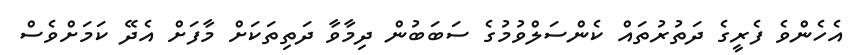
އެހެންވެ ފެރީގެ ދަތުރުތައް ކެންސަލްވުމުގެ ސަބަބުން ދިމާވާ ދަތިތަކަށް މާފަށް އެދޭ ކަމަށްވެސް